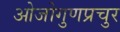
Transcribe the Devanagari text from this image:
ओजोगुणप्रचुर